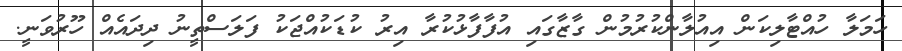
ހަމަލާ ހުއްޓާލިކަން އިއުލާންކުރުމުން ގާޒާގައި އުފާފާޅުކުރާ އިރު ކުޑަކުއްޖަކު ފަލަސްތީނު ދިދައެއް ހޫރުވަނީ.